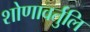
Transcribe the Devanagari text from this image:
शोणावर्तुलि